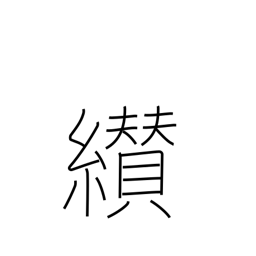
Meaning: succeed to